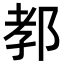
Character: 𨛨